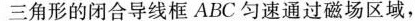
三角形的闭合导线框ABC匀速通过磁场区域，